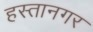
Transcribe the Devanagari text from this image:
हस्तानगर